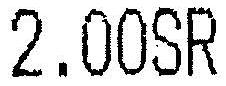
2.00SR